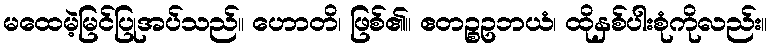
မထေမဲ့မြင်ပြုအပ်သည်။ ဟောတိ၊ ဖြစ်၏။ ဧတဉ္စဥဘယံ၊ ထိုနှစ်ပါးစုံကိုလည်း။